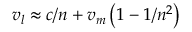
v _ { l } \approx c / n + v _ { m } \left( 1 - 1 / n ^ { 2 } \right)